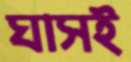
ঘাসই